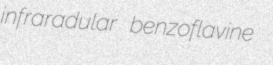
infraradular benzoflavine